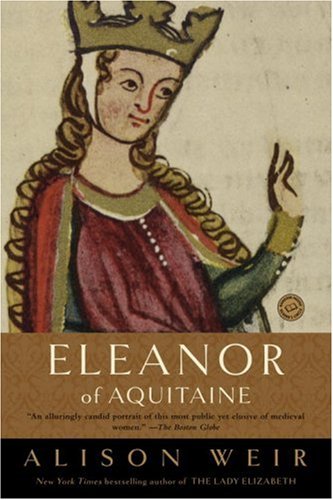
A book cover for Eleanor of Aquitaine: A Life (Ballantine Reader's Circle); Alison Weir; Biographies & Memoirs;